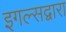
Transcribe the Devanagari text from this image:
इगल्सद्वारा